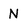
Character: N